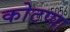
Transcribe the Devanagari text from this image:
कोटप्‍पा